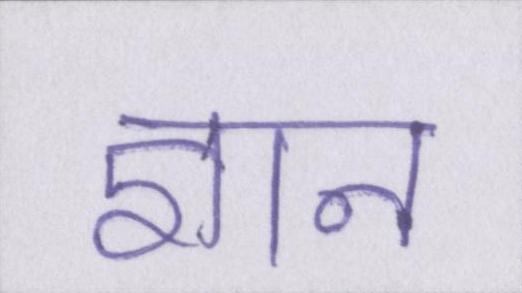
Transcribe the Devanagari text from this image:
ज्ञान